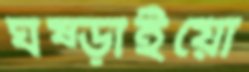
ঘষ্‌ড়াইয়ো